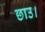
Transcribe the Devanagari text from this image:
छाउ।